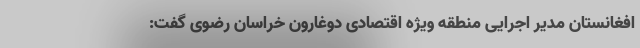
افغانستان مدیر اجرایی منطقه ویژه اقتصادی دوغارون خراسان رضوی گفت: